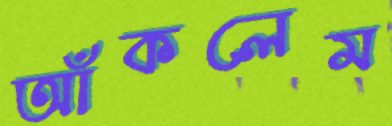
আঁকলেম